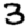
Digit: 3